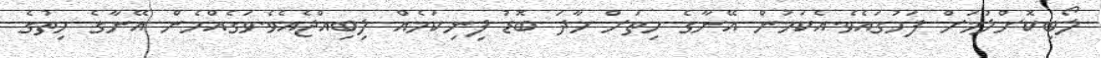
ލޯބިކޮށްލުމަށް ފަހުގައެވެ.އެކަމުން އޭނާގެ ހިތަށް ހާދަ ބޮޑު ފިނިކަމެއް ލިބިއްޖެއެވެ.ވަގެއްހެން އޭނާގެ ހިތުގެ